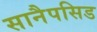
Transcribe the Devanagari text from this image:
सानैपसिड